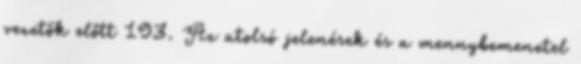
vezetők előtt 193. Az utolsó jelenések és a mennybemenetel